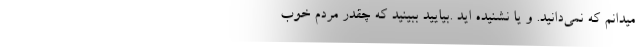
میدانم که نمی‌دانید. و یا نشنیده اید .بیایید ببینید که چقدر مردم خوب